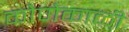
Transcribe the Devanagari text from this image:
कोणेकाळी